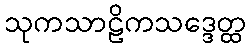
သုကသာဠိကသဒ္ဒေတ္ထ